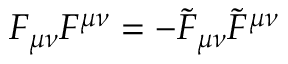
F _ { \mu \nu } F ^ { \mu \nu } = - \tilde { F } _ { \mu \nu } \tilde { F } ^ { \mu \nu }